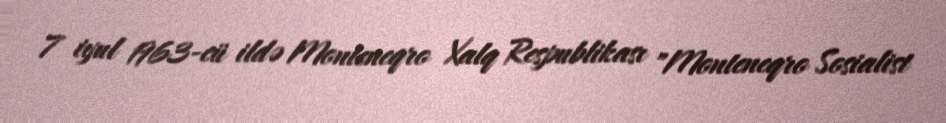
7 iyul 1963-cü ildə Monteneqro Xalq Respublikası "Monteneqro Sosialist